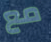
مع